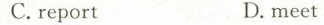
C.report D.meet